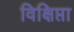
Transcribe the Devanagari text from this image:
विक्षिप्ता